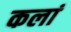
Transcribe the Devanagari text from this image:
कलां